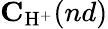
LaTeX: \mathbf{C}_{\mathrm{H}^{+}}(nd)